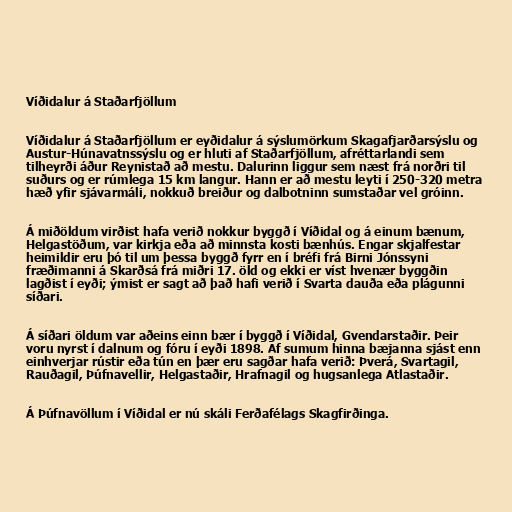
Víðidalur á Staðarfjöllum

Víðidalur á Staðarfjöllum er eyðidalur á sýslumörkum Skagafjarðarsýslu og
Austur-Húnavatnssýslu og er hluti af Staðarfjöllum, afréttarlandi sem
tilheyrði áður Reynistað að mestu. Dalurinn liggur sem næst frá norðri til
suðurs og er rúmlega 15 km langur. Hann er að mestu leyti í 250-320 metra
hæð yfir sjávarmáli, nokkuð breiður og dalbotninn sumstaðar vel gróinn.

Á miðöldum virðist hafa verið nokkur byggð í Víðidal og á einum bænum,
Helgastöðum, var kirkja eða að minnsta kosti bænhús. Engar skjalfestar
heimildir eru þó til um þessa byggð fyrr en í bréfi frá Birni Jónssyni
fræðimanni á Skarðsá frá miðri 17. öld og ekki er víst hvenær byggðin
lagðist í eyði; ýmist er sagt að það hafi verið í Svarta dauða eða plágunni
síðari.

Á síðari öldum var aðeins einn bær í byggð í Víðidal, Gvendarstaðir. Þeir
voru nyrst í dalnum og fóru í eyði 1898. Af sumum hinna bæjanna sjást enn
einhverjar rústir eða tún en þær eru sagðar hafa verið: Þverá, Svartagil,
Rauðagil, Þúfnavellir, Helgastaðir, Hrafnagil og hugsanlega Atlastaðir.

Á Þúfnavöllum í Víðidal er nú skáli Ferðafélags Skagfirðinga.